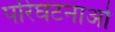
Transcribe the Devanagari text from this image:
परिघटनाओ